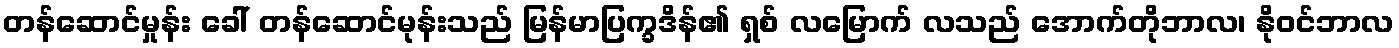
တန်ဆောင်မှုန်း ခေါ် တန်ဆောင်မုန်းသည် မြန်မာပြက္ခဒိန်၏ ရှစ် လမြောက် လသည် အောက်တိုဘာလ၊ နိုဝင်ဘာလ